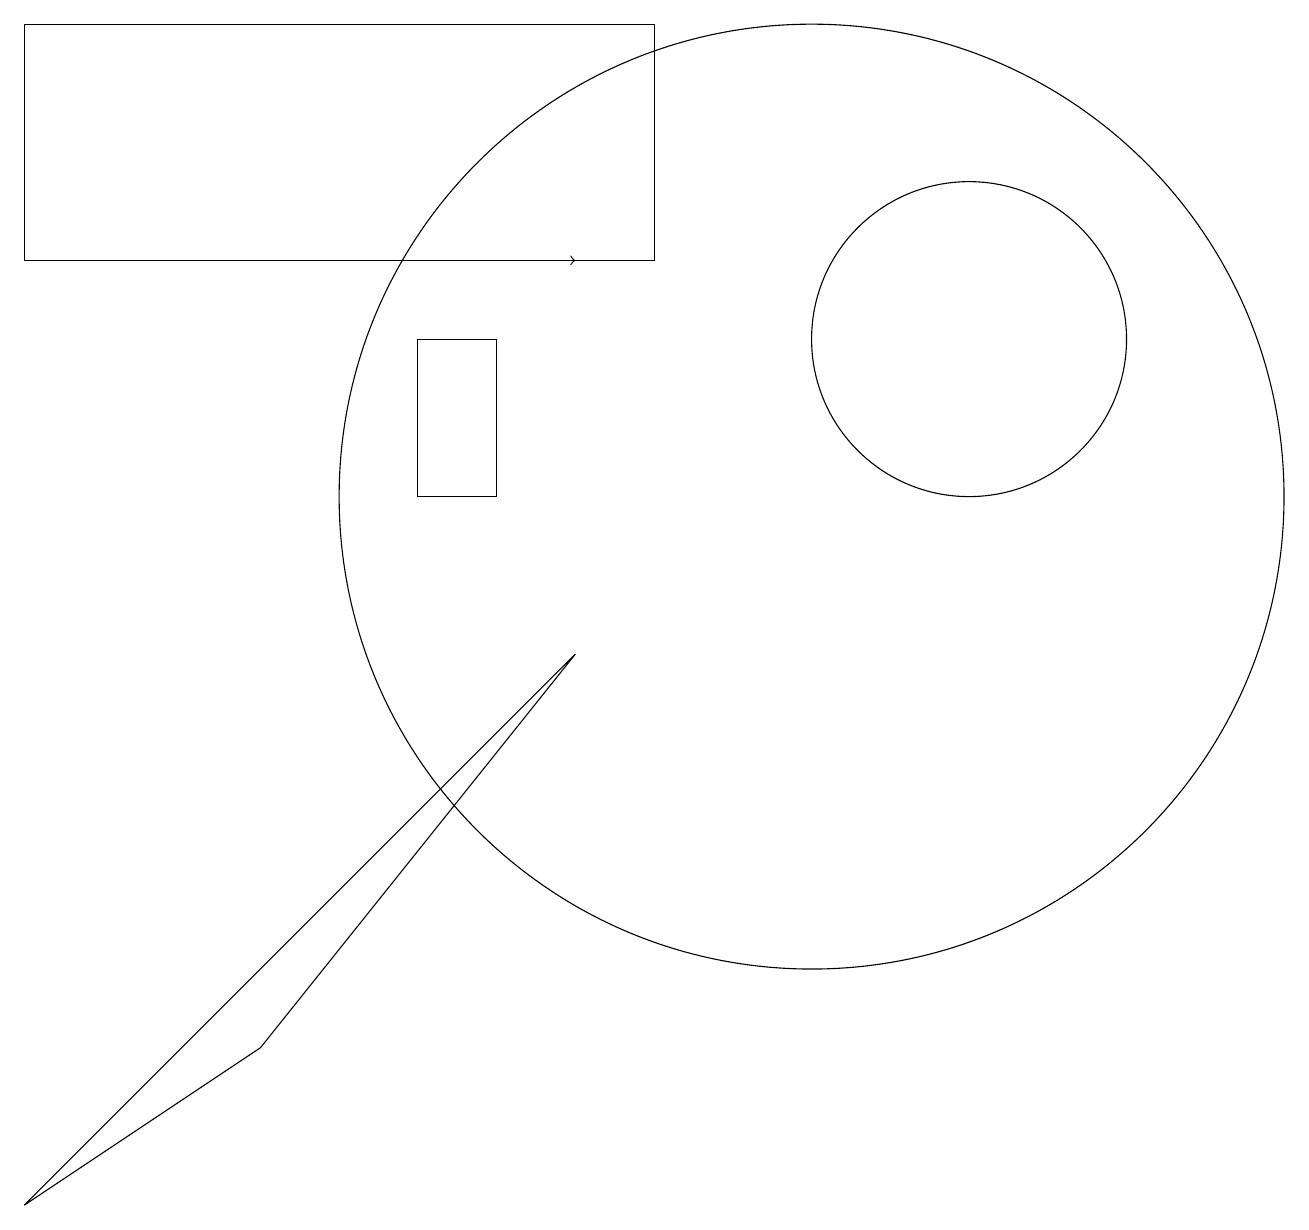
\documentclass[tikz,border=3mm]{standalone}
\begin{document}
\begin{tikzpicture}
\draw (6,10) rectangle (5,12);
\draw (0,16) rectangle (8,13);
\draw (12,12) circle (2);
\draw (10,10) circle (6);
\draw (3,3) -- (7,8) -- (0,1) -- cycle;
\draw (10,10) circle (0);
\draw[->] (4,13) -- (7,13);
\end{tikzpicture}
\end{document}